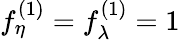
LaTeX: f_{\eta}^{(1)}=f_{\lambda}^{(1)}=1